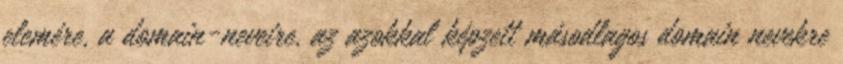
elemére, a domain-neveire, az azokkal képzett másodlagos domain nevekre